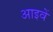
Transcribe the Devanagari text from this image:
आइवें